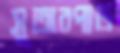
সুতারপাড়